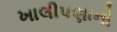
ખાલીપણાનો